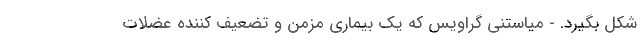
شکل بگیرد. - میاستنی گراویس که یک بیماری مزمن و تضعیف کننده عضلات